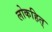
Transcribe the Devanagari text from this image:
लोकहित्